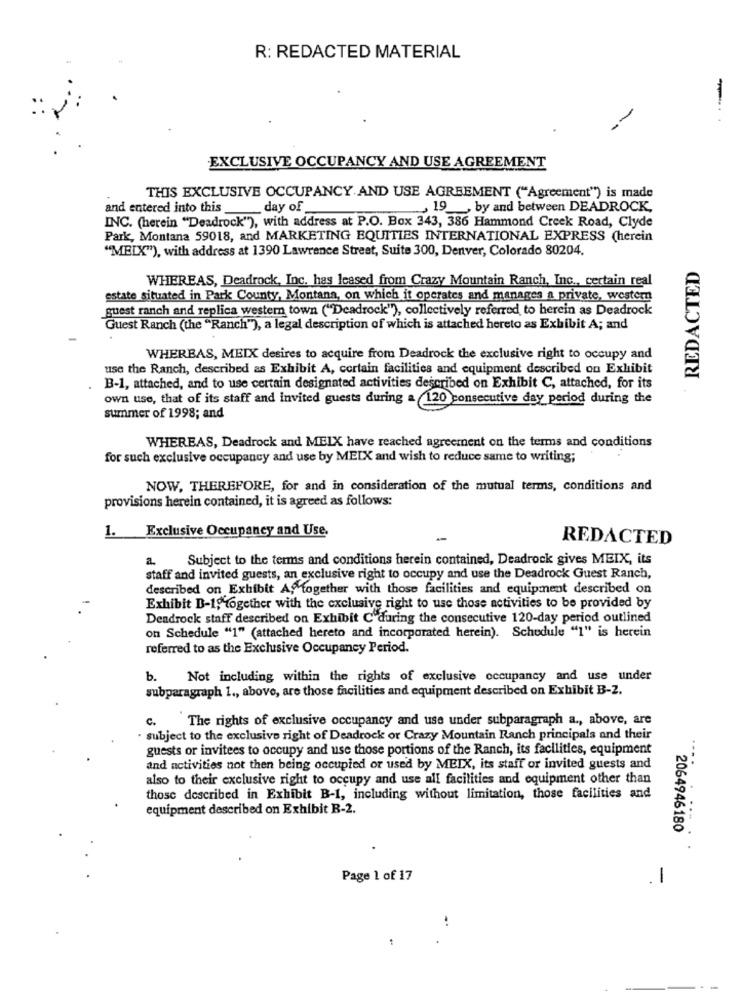
R: REDACTED MATERIAL
-
EXCLUSIVE OCCUPANCY AND USE AGREEMENT
THIS EXCLUSIVE OCCUPANCY AND USE AGREEMENT ("Agreement") is made
and entered into this ____ day of
_ 19 __, by and between DEADROCK,
INC. (herein "Deadrock"), with address at P.O. Box 343, 386 Hammond Creek Road, Clyde
Park, Montana 59018, and MARKETING EQUITIES INTERNATIONAL EXPRESS (herein
"MELK"), with address at 1390 Lawrence Street, Suite 300, Denver, Colorado 80204.
REDACTED
WHEREAS, Deadrock, Inc. has leased from Crazy Mountain Ranch, Inc ., certain real
estate situated in Park County, Montana, on which it operates and manages a private, western
guest ranch and replica western town ("Deadrock"), collectively referred to herein as Deadrock
Guest Ranch (the "Ranch"), a legal description of which is attached hereto as Exhibit A; and
WHERBAS, MEIX desires to acquire from Deadrock the exclusive right to occupy and
use the Ranch, described as Exhibit A, certain facilities and equipment described on Exhibit
B-1, attached, and to use certain designated activities described on Exhibit C, attached, for its
own use, that of its staff and invited guests during a 120 consecutive day period during the
summer of 1998; and
WHEREAS, Deadrock and MEIX have reached agreement on the terms and conditions
for such exclusive occupancy and use by MEIX and wish to reduce same to writing;
NOW, THEREFORE, for and in consideration of the mutual terms, conditions and
provisions herein contained, it is agreed as follows:
1. Exclusive Occupancy and Use.
REDACTED
a
Subject to the terms and conditions herein contained, Deadrock gives MEIX, its
staff and invited guests, an exclusive right to occupy and use the Deadrock Guest Ranch,
described on Exhibit A, together with those facilities and equipment described on
Exhibit D-1946gether with the exclusive right to use those activities to be provided by
Dendrock staff described on Exhibit C during the consecutive 120-day period outlined
on Schedule "1" (attached hereto and incorporated herein). Schedule "1" is herein
referred to as the Exclusive Occupancy Period.
b.
Not including within the rights of exclusive occupancy and use under
subparagraph 1 ., above, are those facilities and equipment described on Exhibit B-2.
The rights of exclusive occupancy and use under subparagraph a ., above, are
c.
subject to the exclusive right of Deadrock or Crazy Mountain Ranch principals and their
guests or invitees to occupy and use those portions of the Ranch, its facilities, equipment
and activities not then being occupied or used by MEIX, its staff or invited guests and
also to their exclusive right to occupy and use all facilities and equipment other than
those described in Exhibit B-1, including without limitation, those facilities and
equipment described on Exhibit B-2.
2064946180
..........
Page 1 of 17
1
-